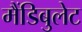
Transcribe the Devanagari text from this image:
मैंडिबुलेट